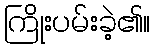
ကြိုးပမ်းခဲ့၏။